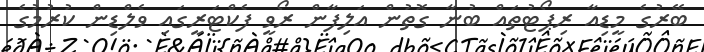
ބޭރުގެ މީޑިއާ ރިޕޯޓުތައް ބުނާ ގޮތުން އަލިފާން ރޯވީ ފެކްޓަރީގައި ވެލްޑިން ކުރުމުގެ